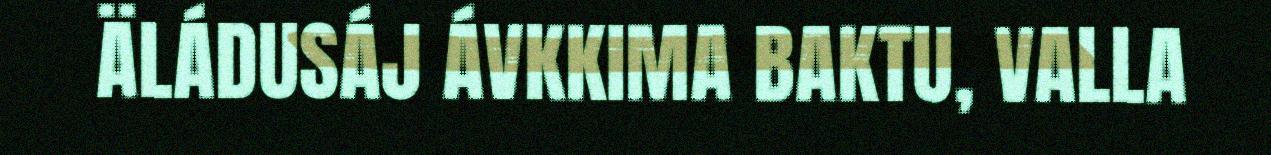
ÄLÁDUSÁJ ÁVKKIMA BAKTU, VALLA